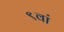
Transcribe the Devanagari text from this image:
९वां